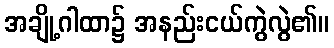
အချို့ဂါထာ၌ အနည်းငယ်ကွဲလွဲ၏။